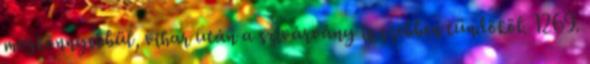
megkönnyebbül, vihar után a szivárvány is szebben tündököl. 1269.